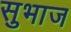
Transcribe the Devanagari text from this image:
सुभाज